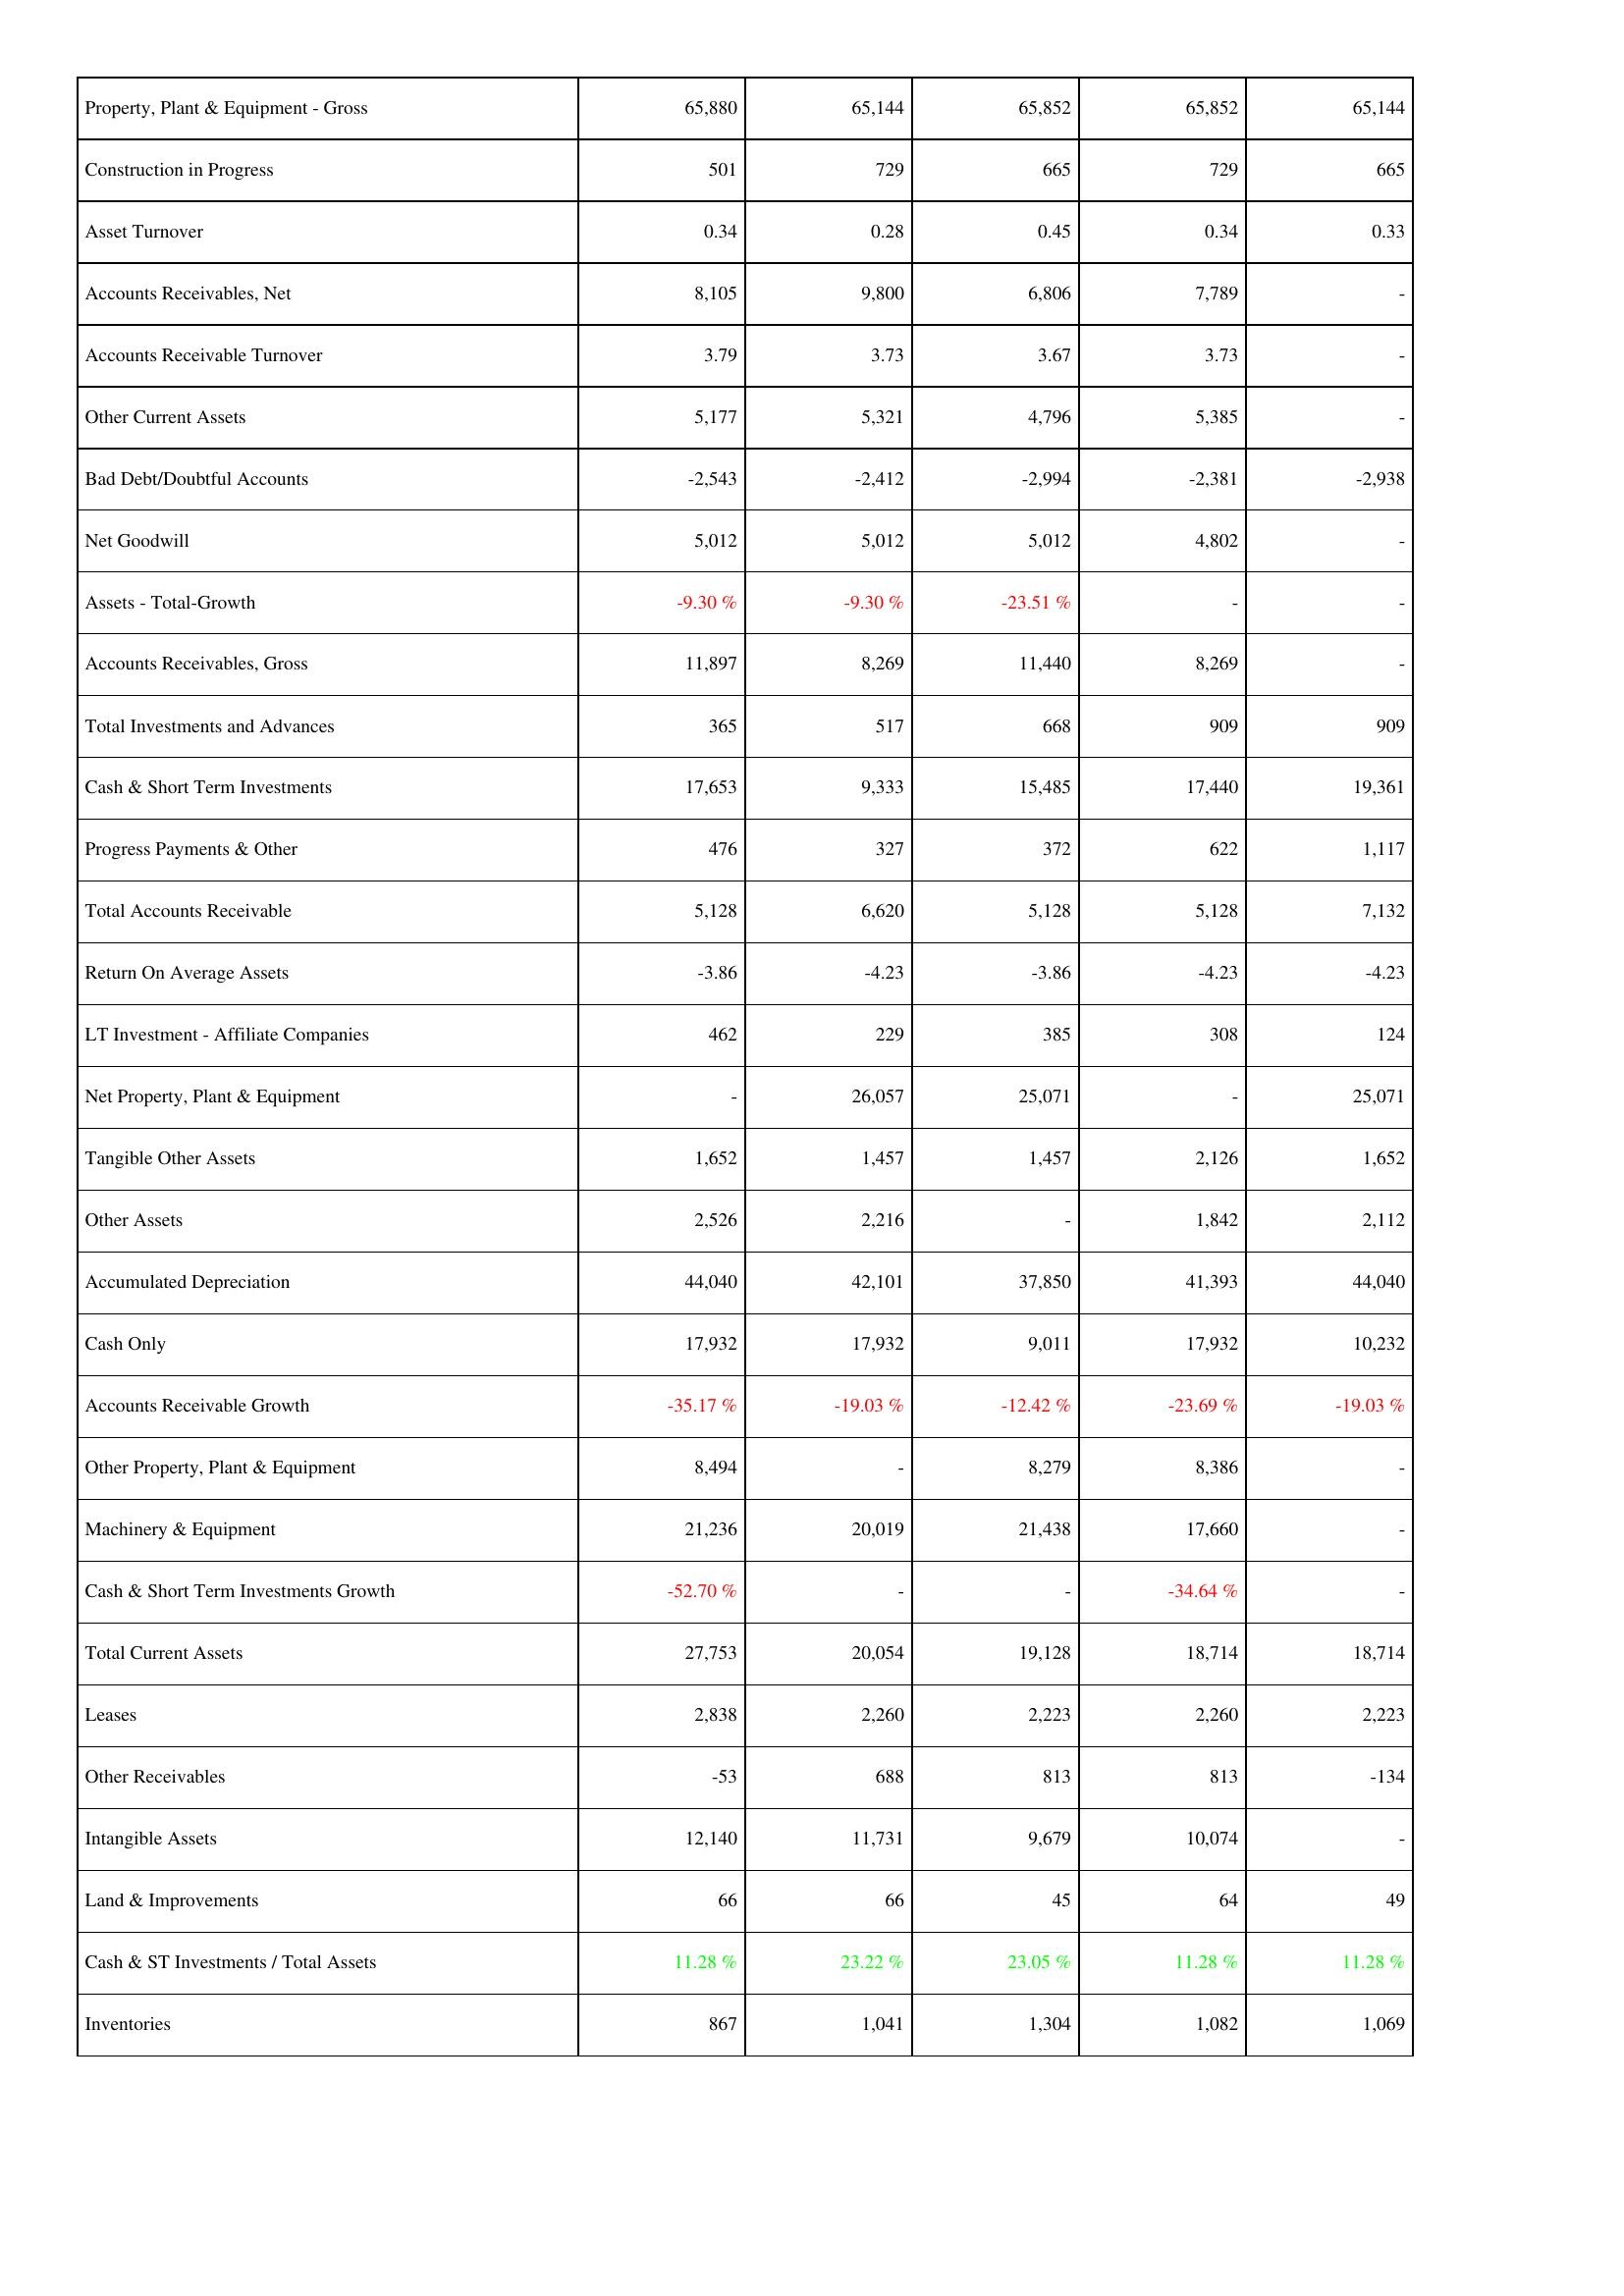
2020: Assets: Property, Plant & Equipment - Gross: 65,880
Construction in Progress: 501
Asset Turnover: 0.34
Accounts Receivables, Net: 8,105
Accounts Receivable Turnover: 3.79
Other Current Assets: 5,177
Bad Debt/Doubtful Accounts: -2,543
Net Goodwill: 5,012
Assets - Total-Growth: -9.30 %
Accounts Receivables, Gross: 11,897
Total Investments and Advances: 365
Cash & Short Term Investments: 17,653
Progress Payments & Other: 476
Total Accounts Receivable: 5,128
Return On Average Assets: -3.86
LT Investment - Affiliate Companies: 462
Net Property, Plant & Equipment: -
Tangible Other Assets: 1,652
Other Assets: 2,526
Accumulated Depreciation: 44,040
Cash Only: 17,932
Accounts Receivable Growth: -35.17 %
Other Property, Plant & Equipment: 8,494
Machinery & Equipment: 21,236
Cash & Short Term Investments Growth: -52.70 %
Total Current Assets: 27,753
Leases: 2,838
Other Receivables: -53
Intangible Assets: 12,140
Land & Improvements: 66
Cash & ST Investments / Total Assets: 11.28 %
Inventories: 867
2021: Assets: Property, Plant & Equipment - Gross: 65,144
Construction in Progress: 729
Asset Turnover: 0.28
Accounts Receivables, Net: 9,800
Accounts Receivable Turnover: 3.73
Other Current Assets: 5,321
Bad Debt/Doubtful Accounts: -2,412
Net Goodwill: 5,012
Assets - Total-Growth: -9.30 %
Accounts Receivables, Gross: 8,269
Total Investments and Advances: 517
Cash & Short Term Investments: 9,333
Progress Payments & Other: 327
Total Accounts Receivable: 6,620
Return On Average Assets: -4.23
LT Investment - Affiliate Companies: 229
Net Property, Plant & Equipment: 26,057
Tangible Other Assets: 1,457
Other Assets: 2,216
Accumulated Depreciation: 42,101
Cash Only: 17,932
Accounts Receivable Growth: -19.03 %
Other Property, Plant & Equipment: -
Machinery & Equipment: 20,019
Cash & Short Term Investments Growth: -
Total Current Assets: 20,054
Leases: 2,260
Other Receivables: 688
Intangible Assets: 11,731
Land & Improvements: 66
Cash & ST Investments / Total Assets: 23.22 %
Inventories: 1,041
2022: Assets: Property, Plant & Equipment - Gross: 65,852
Construction in Progress: 665
Asset Turnover: 0.45
Accounts Receivables, Net: 6,806
Accounts Receivable Turnover: 3.67
Other Current Assets: 4,796
Bad Debt/Doubtful Accounts: -2,994
Net Goodwill: 5,012
Assets - Total-Growth: -23.51 %
Accounts Receivables, Gross: 11,440
Total Investments and Advances: 668
Cash & Short Term Investments: 15,485
Progress Payments & Other: 372
Total Accounts Receivable: 5,128
Return On Average Assets: -3.86
LT Investment - Affiliate Companies: 385
Net Property, Plant & Equipment: 25,071
Tangible Other Assets: 1,457
Other Assets: -
Accumulated Depreciation: 37,850
Cash Only: 9,011
Accounts Receivable Growth: -12.42 %
Other Property, Plant & Equipment: 8,279
Machinery & Equipment: 21,438
Cash & Short Term Investments Growth: -
Total Current Assets: 19,128
Leases: 2,223
Other Receivables: 813
Intangible Assets: 9,679
Land & Improvements: 45
Cash & ST Investments / Total Assets: 23.05 %
Inventories: 1,304
2023: Assets: Property, Plant & Equipment - Gross: 65,852
Construction in Progress: 729
Asset Turnover: 0.34
Accounts Receivables, Net: 7,789
Accounts Receivable Turnover: 3.73
Other Current Assets: 5,385
Bad Debt/Doubtful Accounts: -2,381
Net Goodwill: 4,802
Assets - Total-Growth: -
Accounts Receivables, Gross: 8,269
Total Investments and Advances: 909
Cash & Short Term Investments: 17,440
Progress Payments & Other: 622
Total Accounts Receivable: 5,128
Return On Average Assets: -4.23
LT Investment - Affiliate Companies: 308
Net Property, Plant & Equipment: -
Tangible Other Assets: 2,126
Other Assets: 1,842
Accumulated Depreciation: 41,393
Cash Only: 17,932
Accounts Receivable Growth: -23.69 %
Other Property, Plant & Equipment: 8,386
Machinery & Equipment: 17,660
Cash & Short Term Investments Growth: -34.64 %
Total Current Assets: 18,714
Leases: 2,260
Other Receivables: 813
Intangible Assets: 10,074
Land & Improvements: 64
Cash & ST Investments / Total Assets: 11.28 %
Inventories: 1,082
2024: Assets: Property, Plant & Equipment - Gross: 65,144
Construction in Progress: 665
Asset Turnover: 0.33
Accounts Receivables, Net: -
Accounts Receivable Turnover: -
Other Current Assets: -
Bad Debt/Doubtful Accounts: -2,938
Net Goodwill: -
Assets - Total-Growth: -
Accounts Receivables, Gross: -
Total Investments and Advances: 909
Cash & Short Term Investments: 19,361
Progress Payments & Other: 1,117
Total Accounts Receivable: 7,132
Return On Average Assets: -4.23
LT Investment - Affiliate Companies: 124
Net Property, Plant & Equipment: 25,071
Tangible Other Assets: 1,652
Other Assets: 2,112
Accumulated Depreciation: 44,040
Cash Only: 10,232
Accounts Receivable Growth: -19.03 %
Other Property, Plant & Equipment: -
Machinery & Equipment: -
Cash & Short Term Investments Growth: -
Total Current Assets: 18,714
Leases: 2,223
Other Receivables: -134
Intangible Assets: -
Land & Improvements: 49
Cash & ST Investments / Total Assets: 11.28 %
Inventories: 1,069